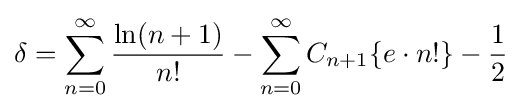
\delta =\sum _{n=0}^{\infty }{\frac {\ln(n+1)}{n!}}-\sum _{n=0}^{\infty }C_{n+1}\{e\cdot n!\}-{\frac {1}{2}}